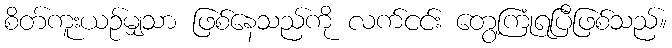
စိတ်ကူးယဉ်မျှသာ ဖြစ်နေသည်ကို လက်ငင်း တွေ့ကြုံရပြီဖြစ်သည်။